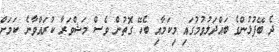
ދެ ބޭފުޅުންގެ ބައްދަލުވުމުގައި މިކަމާއި ބެހޭ ގޮތުން ވެސް މަޝްވަރާ ކުރައްވާނެ ކަމަށް